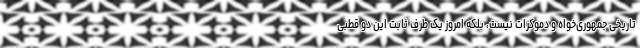
تاریخی جمهوری‌خواه و دموکرات نیست، بلکه امروز یک طرف ثابت این دو قطبی